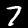
Label: 7